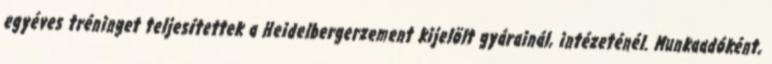
egyéves tréninget teljesítettek a Heidelbergerzement kijelölt gyárainál, intézeténél. Munkaadóként,